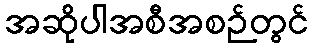
အဆိုပါအစီအစဉ်တွင်